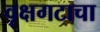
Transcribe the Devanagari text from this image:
वृक्षगटाचा